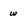
Character: w